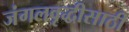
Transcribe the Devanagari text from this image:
जंगलवृद्धीसाठी